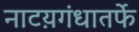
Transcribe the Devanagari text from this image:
नाटय़गंधातर्फे